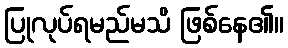
ပြုလုပ်ရမည်မသိ ဖြစ်နေ၏။